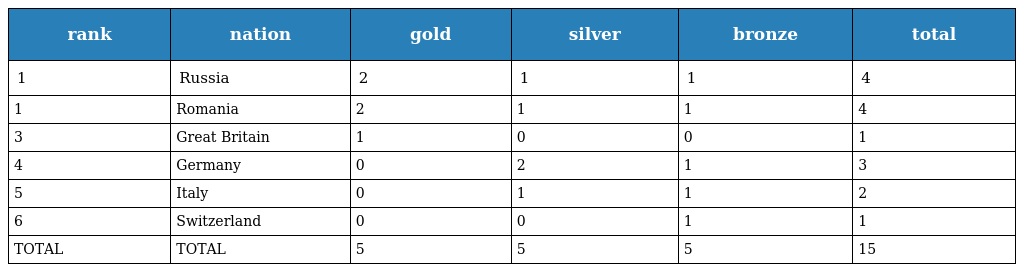
| rank | nation | gold | silver | bronze | total |
 | --- | --- | --- | --- | --- | --- |
 | 1 | Russia | 2 | 1 | 1 | 4 |
 | 1 | Romania | 2 | 1 | 1 | 4 |
 | 3 | Great Britain | 1 | 0 | 0 | 1 |
 | 4 | Germany | 0 | 2 | 1 | 3 |
 | 5 | Italy | 0 | 1 | 1 | 2 |
 | 6 | Switzerland | 0 | 0 | 1 | 1 |
 | TOTAL | TOTAL | 5 | 5 | 5 | 15 |